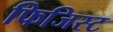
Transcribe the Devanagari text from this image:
फिजिस्ट